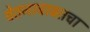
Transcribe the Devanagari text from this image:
वेतनाबाबतचा